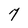
Character: 7